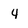
Character: 4